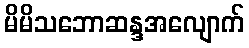
မိမိသဘောဆန္ဒအလျောက်